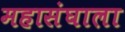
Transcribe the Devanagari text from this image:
महासंघाला